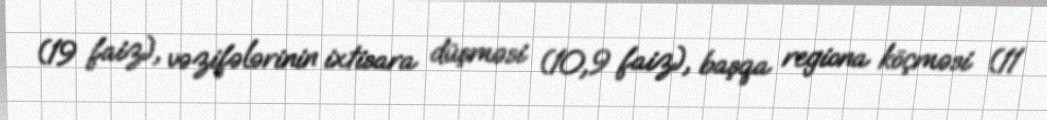
(19 faiz), vəzifələrinin ixtisara düşməsi (10,9 faiz), başqa regiona köçməsi (11